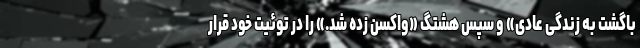
باگشت به زندگی عادی» و سپس هشتگ «واکسن زده شد.» را در توئیت خود قرار